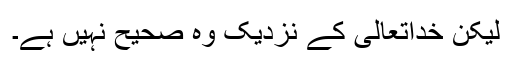
لیکن خداتعالیٰ کے نزدیک وہ صحیح نہیں ہے۔